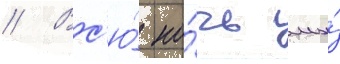
// Вс'ю́ но́чь мы́